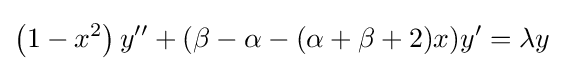
\left(1-x^{2}\right)y''+(\beta -\alpha -(\alpha +\beta +2)x)y'=\lambda y